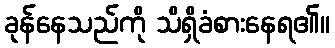
ခုန်နေသည်ကို သိရှိခံစားနေရ၏။